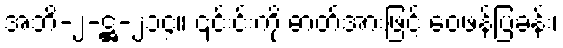
အဘိ-၂-ဋ္ဌ-၂၁၄။ ၎င်းင်းကို ဓာတ်အားဖြင့် ဝေဖန်ပြခန်း၊